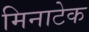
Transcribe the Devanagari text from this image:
मिनाटेक